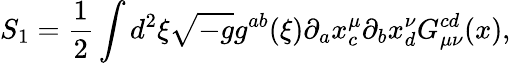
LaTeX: S_{1}=\frac{1}{2}\int d^{2}\xi\sqrt{-g}g^{ab}(\xi)\partial_{a}x_{c}^{\mu}\partial_{b}x_{d}^{\nu}G_{\mu\nu}^{cd}(x),